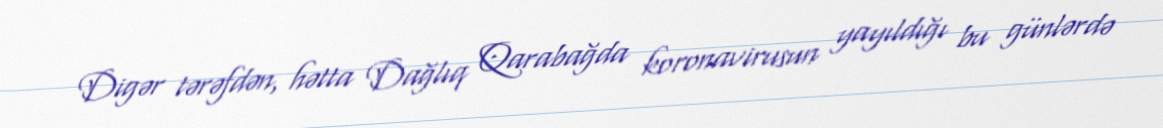
Digər tərəfdən, hətta Dağlıq Qarabağda koronavirusun yayıldığı bu günlərdə